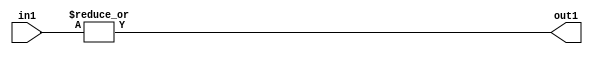
`timescale 1ps / 1ps
/*****************************************************************************
    Verilog RTL Description
    
    
    Created by: Stratus DpOpt 2019.1.01 
*******************************************************************************/

module DC_Filter_OrReduction_2U_1U_4 (
	in1,
	out1
	); /* architecture "behavioural" */ 
input [1:0] in1;
output  out1;
wire  asc001;

assign asc001 = 
	(|in1);

assign out1 = asc001;
endmodule

/* CADENCE  urXyTAo= : u9/ySgnWtBlWxVPRXgAZ4Og= ** DO NOT EDIT THIS LINE ******/